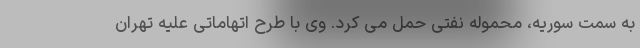
به سمت سوریه، محموله نفتی حمل می کرد. وی با طرح اتهاماتی علیه تهران